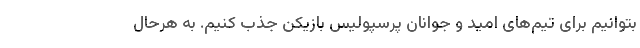
بتوانیم برای تیم‌های امید و جوانان پرسپولیس بازیکن جذب کنیم. به هرحال